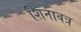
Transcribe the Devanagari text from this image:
शिनावत्र